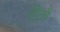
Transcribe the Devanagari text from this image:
रीतौ